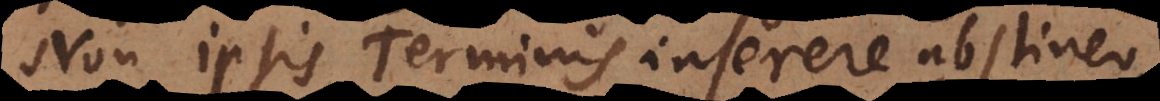
Non ipsis Terminis inserere abstine